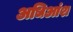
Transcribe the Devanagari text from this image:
अधिआंश